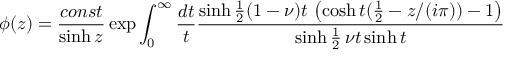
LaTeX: \phi ( z ) = \frac { c o n s t } { \sinh z } \exp \int _ { 0 } ^ { \infty } \frac { d t } { t } \frac { \sinh \frac { 1 } { 2 } ( 1 - \nu ) t \, \left( \cosh t ( \frac { 1 } { 2 } - z / ( i \pi ) ) - 1 \right) } { \sinh \frac { 1 } { 2 } \, \nu t \sinh t }